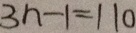
3 n - 1 = 1 1 0